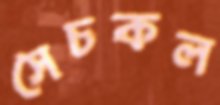
সেচকল